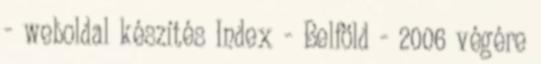
- weboldal készítés Index - Belföld - 2006 végére